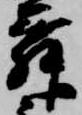
舞